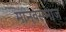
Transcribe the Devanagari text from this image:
मानवसमाज